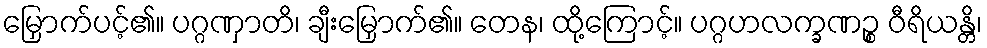
မြှောက်ပင့်၏။ ပဂ္ဂဏှာတိ၊ ချီးမြှောက်၏။ တေန၊ ထို့ကြောင့်။ ပဂ္ဂဟလက္ခဏဉ္စ ဝီရိယန္တိ၊